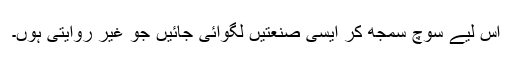
اس لیے سوچ سمجھ کر ایسی صنعتیں لگوائی جائیں جو غیر روایتی ہوں۔